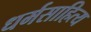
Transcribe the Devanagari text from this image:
धर्मसाहित्य